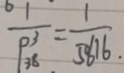
\frac { 1 } { P _ { 3 8 } ^ { 3 } } = \frac { 1 } { 5 0 6 1 6 }